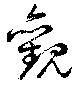
觀